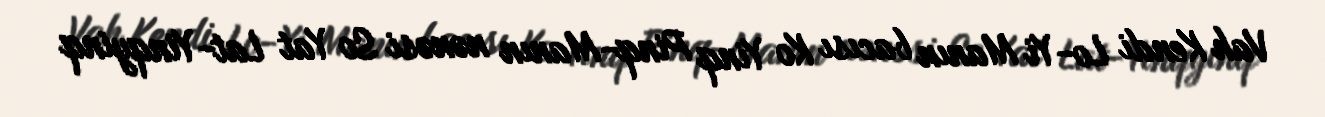
Vah Kendi Lo-Yi Manın bacısı Ko Yinq Pinq-Manın nənəsi So Yat Lat-Yinqyinq